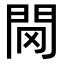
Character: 𨳠